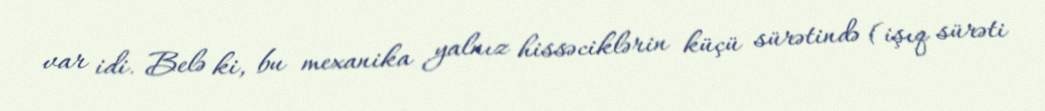
var idi. Belə ki, bu mexanika yalnız hissəciklərin küçü sürətində (işıq sürəti